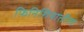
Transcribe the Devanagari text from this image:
फिनिशियातील